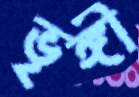
ভৃঙ্গী